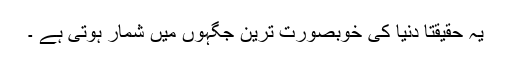
یہ حقیقتاً دنیا کی خوبصورت ترین جگہوں میں شمار ہوتی ہے ۔